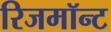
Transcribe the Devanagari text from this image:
रिजमॉन्ट